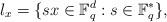
LaTeX: \begin{align*}\l_x=\{sx\in \mathbb F_q^d: s\in \mathbb F_q^*\},\end{align*}